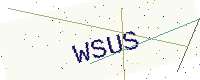
Text: WSUS